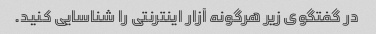
در گفتگوی زیر هرگونه آزار اینترنتی را شناسایی کنید.